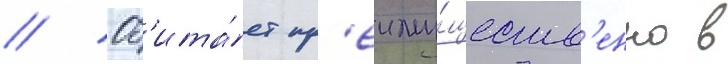
// Об'ита́ет пр'еиму́ществ'енно в